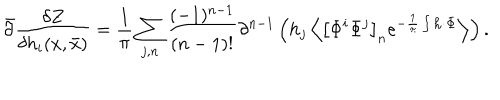
\bar { \partial } \frac { \delta Z } { \delta h _ { i } ( x , \bar { x } ) } = \frac { 1 } { \pi } \sum _ { j , n } ^ { } \frac { ( - 1 ) ^ { n - 1 } } { ( n - 1 ) ! } \partial ^ { n - 1 } \left( h _ { j } \left< \left[ \Phi ^ { i } \Phi ^ { j } \right] _ { n } e ^ { - \frac { 1 } { \pi } \int { \bf h \cdot \Phi } } \right> \right) .